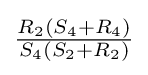
{\tfrac {R_{2}(S_{4}+R_{4})}{S_{4}(S_{2}+R_{2})}}